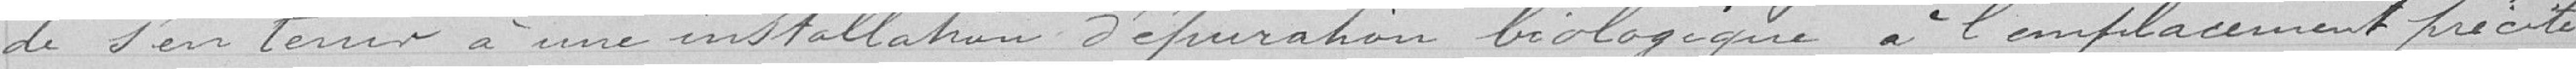
de s'en tenir à une installation d'épuration biologique à l'emplacement précité